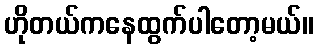
ဟိုတယ်ကနေထွက်ပါတော့မယ်။